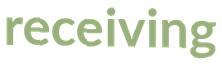
receiving